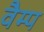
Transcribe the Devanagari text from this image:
वैम्प